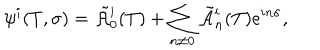
\psi ^ { i } ( T , \sigma ) = \tilde { \cal A } \vphantom { \cal A } _ { 0 } ^ { i } ( T ) + \sum _ { n \not = 0 } \tilde { \cal A } \vphantom { \cal A } _ { n } ^ { i } ( T ) e ^ { i n \sigma } ,